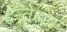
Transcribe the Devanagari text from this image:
देन्तेस्स